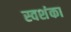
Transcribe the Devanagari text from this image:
स्वशंका